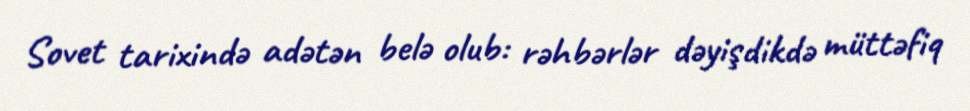
Sovet tarixində adətən belə olub: rəhbərlər dəyişdikdə müttəfiq